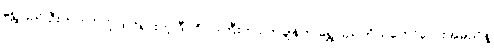
ရွှေပြည် ဦးဘတင်လို့ ထင်ရှားတဲ့ ဒီပုဂ္ဂိုလ်ကြီးဟာ တချိန်က ရွှေပြည်ကိုယ်တော်လေးအမည်နဲ့